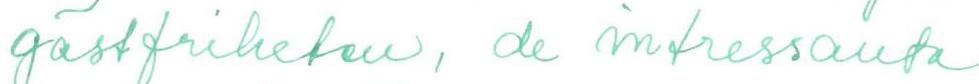
gästfriheten, de intressanta